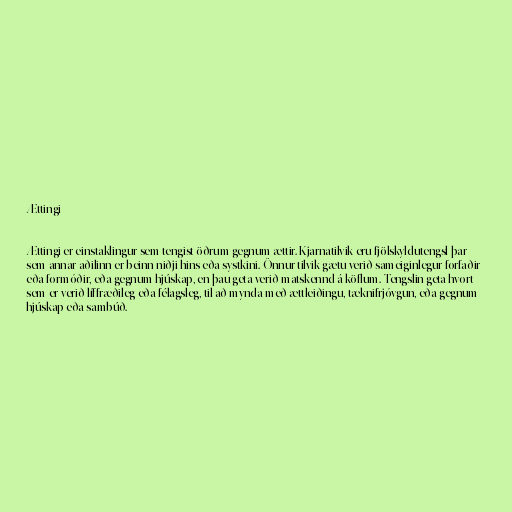
Ættingi

Ættingi er einstaklingur sem tengist öðrum gegnum ættir. Kjarnatilvik eru fjölskyldutengsl þar
sem annar aðilinn er beinn niðji hins eða systkini. Önnur tilvik gætu verið sameiginlegur forfaðir
eða formóðir, eða gegnum hjúskap, en þau geta verið matskennd á köflum. Tengslin geta hvort
sem er verið líffræðileg eða félagsleg, til að mynda með ættleiðingu, tæknifrjóvgun, eða gegnum
hjúskap eða sambúð.